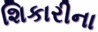
શિકારીના